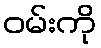
ဝမ်းကို